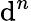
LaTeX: \mathrm{d}^{n}